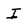
Character: I